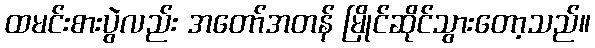
ထမင်းစားပွဲလည်း အတော်အတန် မြိုင်ဆိုင်သွားတော့သည်။